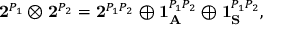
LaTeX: { \bf 2 } ^ { P _ { 1 } } \otimes { \bf 2 } ^ { P _ { 2 } } = { \bf 2 } ^ { P _ { 1 } P _ { 2 } } \oplus { \bf 1 } _ { \bf A } ^ { P _ { 1 } P _ { 2 } } \oplus { \bf 1 } _ { \bf S } ^ { P _ { 1 } P _ { 2 } } ,